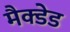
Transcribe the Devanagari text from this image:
मैक्डेड